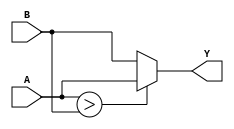
module max4bit (A,B,Y);
/*input wire [3:0] A,B;
output wire [3:0] Y;
wire T;

assign T = (A>B);
assign Y = T ? A : B;

endmodule*/

input wire [3:0] A,B;
output reg [3:0] Y;

always@(A,B)
begin
	if (A>B) Y<=A;
	else Y<=B;
end
endmodule